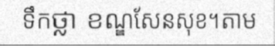
ទឹកថ្លា ខណ្ឌសែនសុខ។តាម